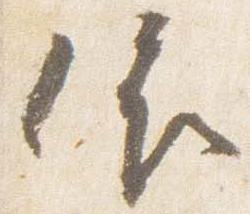
依